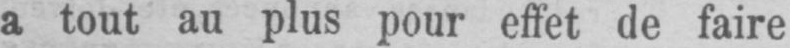
a tout au plus pour effet de faire